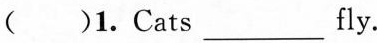
()1. Cats ___ fly.